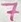
Text: 7